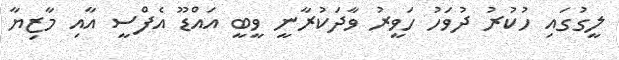
ލީގުގައި ހުކުރު ދުވަހު ހަވީރު ވާދަކުރާނީ ވީބީ އައްޑޫ އެފްސީ އާއި މާޒިޔާ